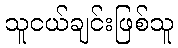
သူငယ်ချင်းဖြစ်သူ